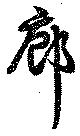
廊